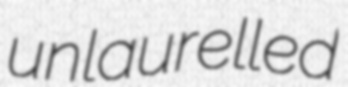
unlaurelled